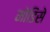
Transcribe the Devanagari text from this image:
मोडिसे